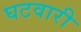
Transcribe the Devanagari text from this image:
घटवारी